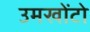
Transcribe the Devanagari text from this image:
उमखोंटो